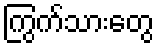
ကြွက်သားတွေ